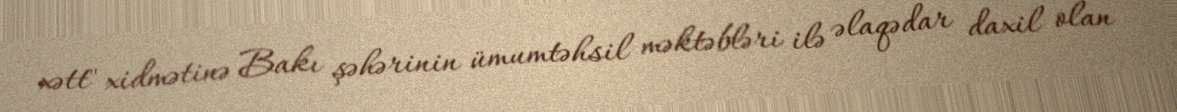
xətt" xidmətinə Bakı şəhərinin ümumtəhsil məktəbləri ilə əlaqədar daxil olan